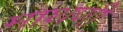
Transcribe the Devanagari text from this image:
माथणी